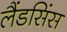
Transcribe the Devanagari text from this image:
लैंडसिंस